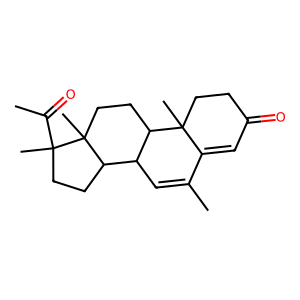
SMILES: CC(=O)C1(C)CCC2C3C=C(C)C4=CC(=O)CCC4(C)C3CCC21C
Inhibits HIV replication: No